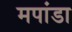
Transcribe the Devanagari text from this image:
मपांडा